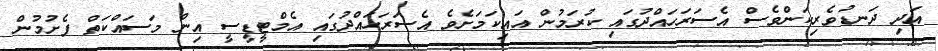
އަދި ދަނޑުވެރިކަންވެސް އެސަރަހައްދުގައި ކުރަމުން އައިކަމަށެވެ އެސަރަހައްދުގައި އެމްޓީޑީސީ އިން މަސައްކަތް ފެށުމުން